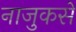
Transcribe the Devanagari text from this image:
नाजुकसे